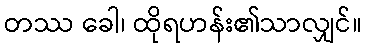
တဿ ခေါ၊ ထိုရဟန်း၏သာလျှင်။